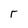
Character: r